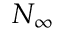
N _ { \infty }